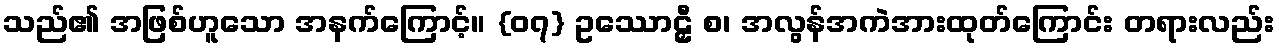
သည်၏ အဖြစ်ဟူသော အနက်ကြောင့်။ {၀၇} ဥဿောဠှီ စ၊ အလွန်အကဲအားထုတ်ကြောင်း တရားလည်း